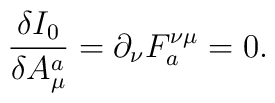
\frac{\delta I_0}{\delta A^a_\mu} = \partial_\nu F_a^{\nu \mu}= 0.